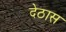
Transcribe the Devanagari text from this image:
देठास